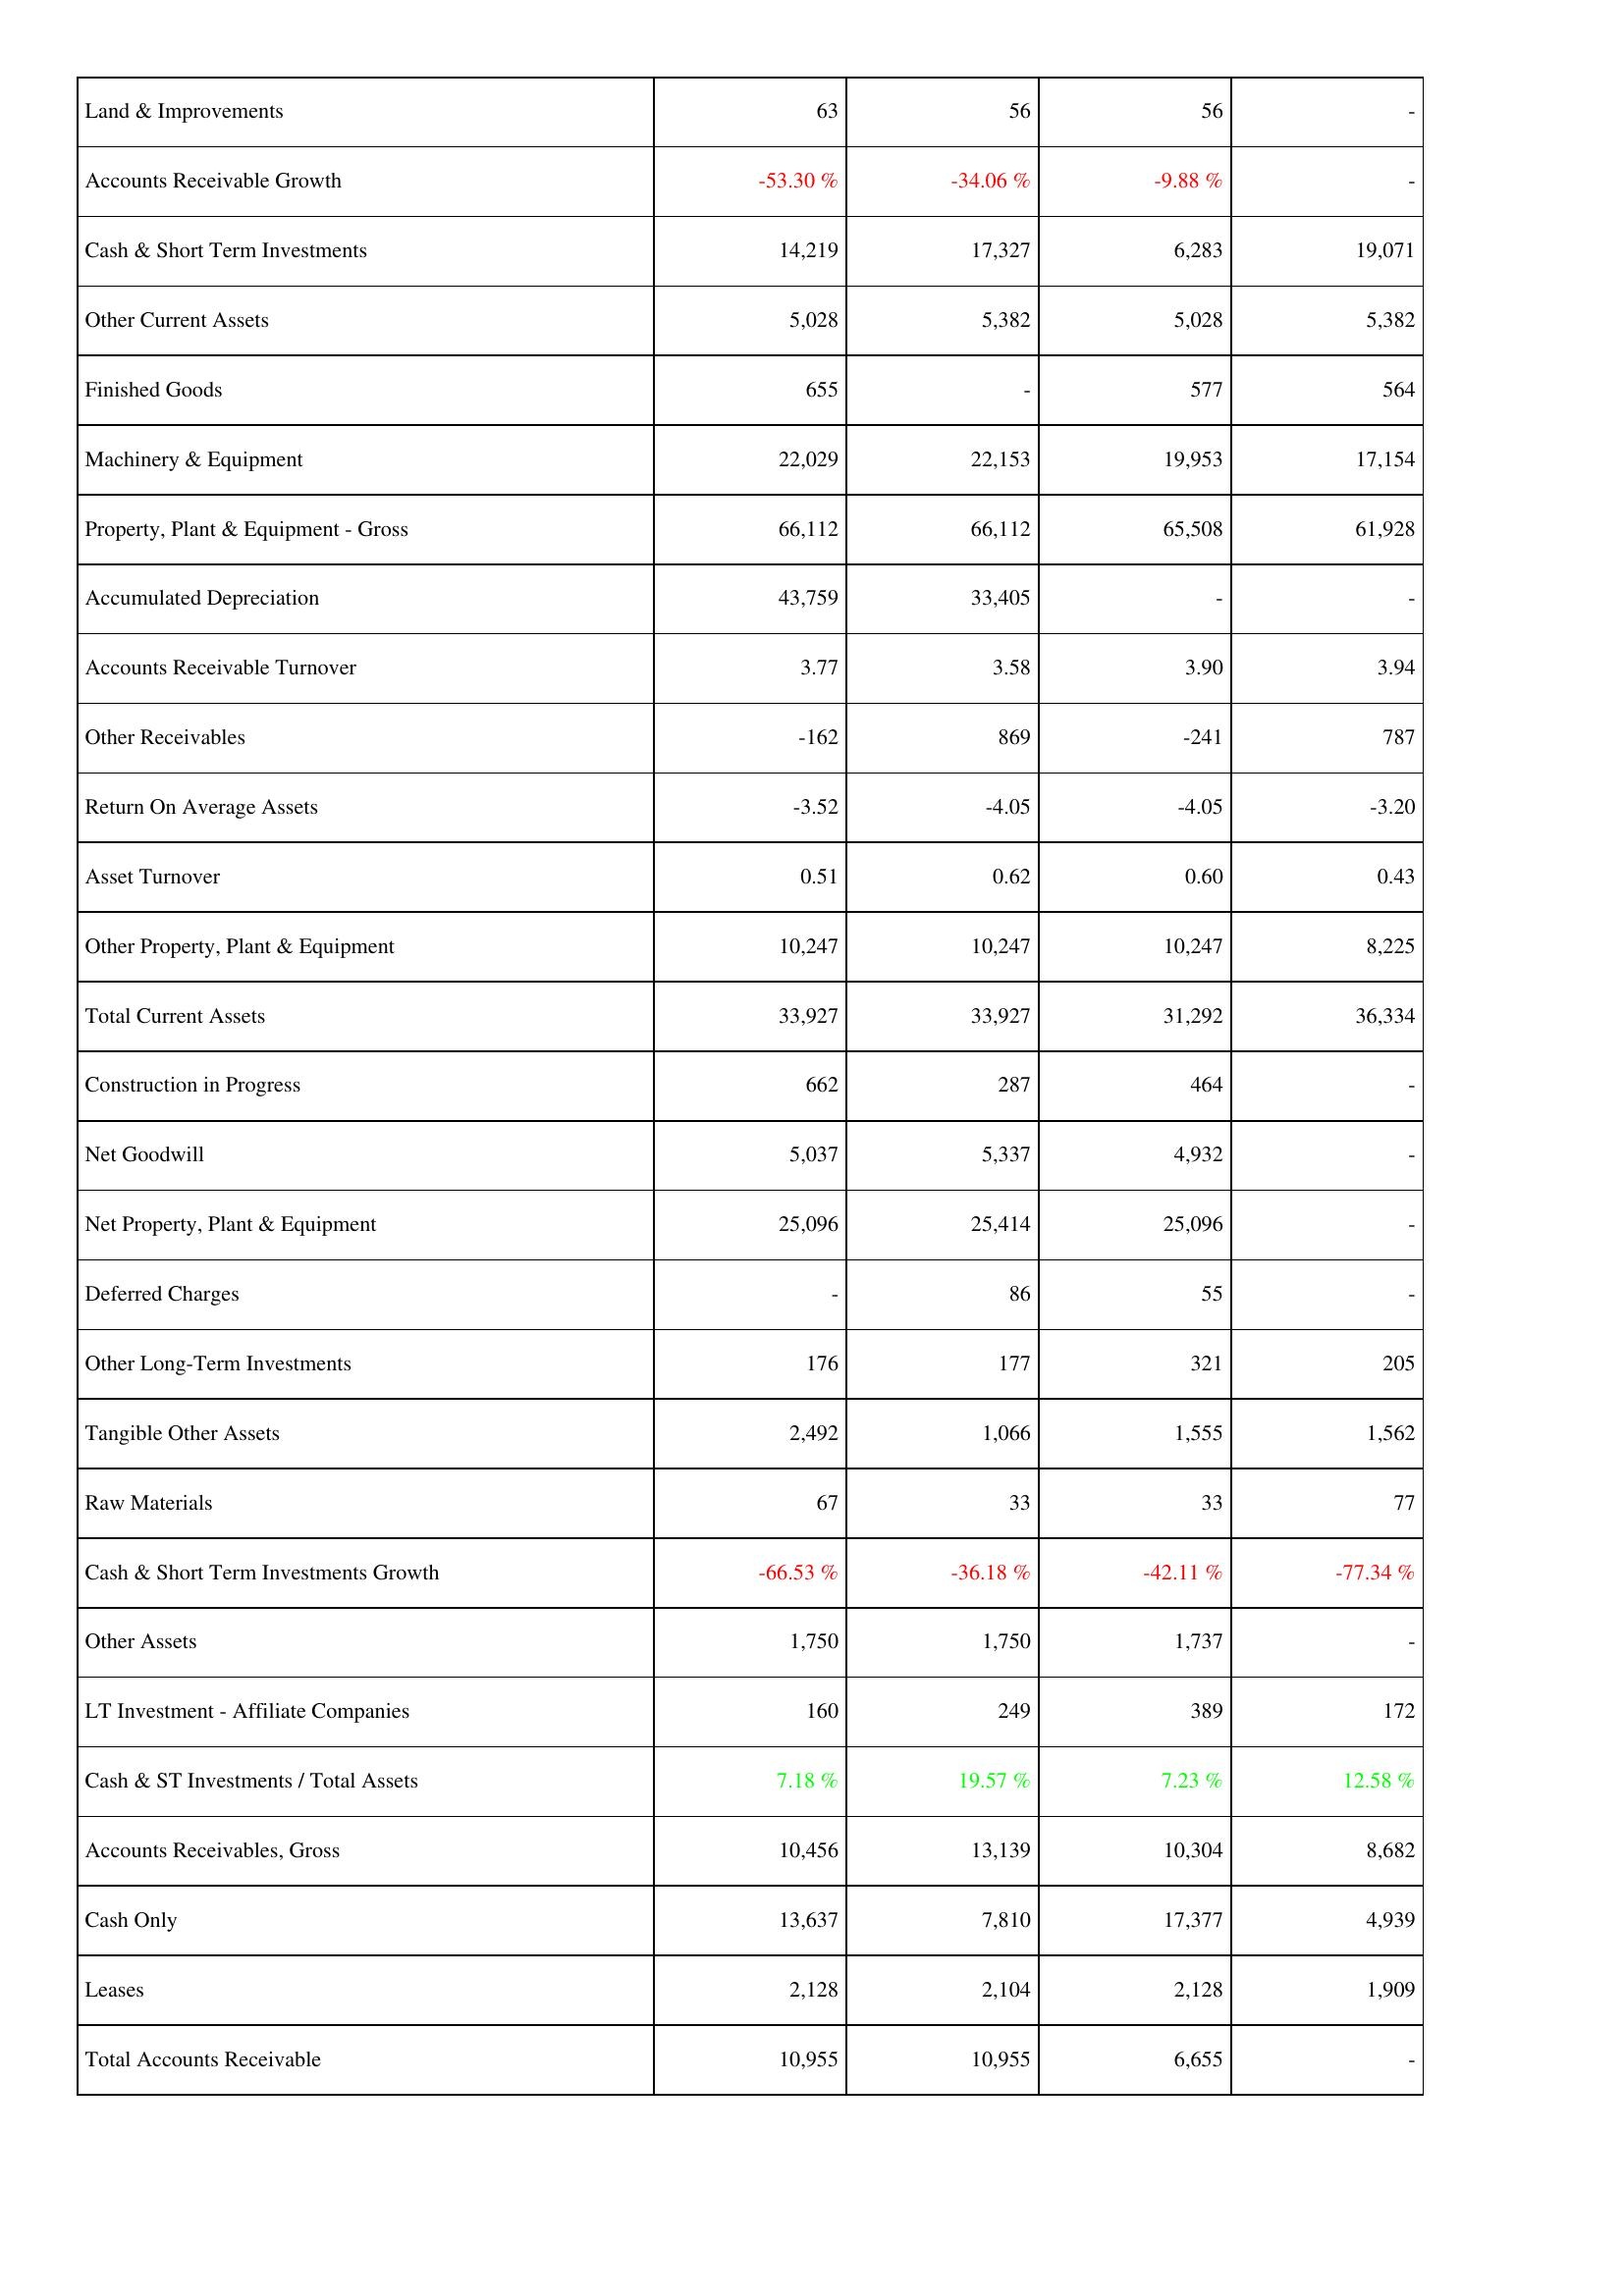
2023: Assets: Land & Improvements: 63
Accounts Receivable Growth: -53.30 %
Cash & Short Term Investments: 14,219
Other Current Assets: 5,028
Finished Goods: 655
Machinery & Equipment: 22,029
Property, Plant & Equipment - Gross: 66,112
Accumulated Depreciation: 43,759
Accounts Receivable Turnover: 3.77
Other Receivables: -162
Return On Average Assets: -3.52
Asset Turnover: 0.51
Other Property, Plant & Equipment: 10,247
Total Current Assets: 33,927
Construction in Progress: 662
Net Goodwill: 5,037
Net Property, Plant & Equipment: 25,096
Deferred Charges: -
Other Long-Term Investments: 176
Tangible Other Assets: 2,492
Raw Materials: 67
Cash & Short Term Investments Growth: -66.53 %
Other Assets: 1,750
LT Investment - Affiliate Companies: 160
Cash & ST Investments / Total Assets: 7.18 %
Accounts Receivables, Gross: 10,456
Cash Only: 13,637
Leases: 2,128
Total Accounts Receivable: 10,955
2022: Assets: Land & Improvements: 56
Accounts Receivable Growth: -34.06 %
Cash & Short Term Investments: 17,327
Other Current Assets: 5,382
Finished Goods: -
Machinery & Equipment: 22,153
Property, Plant & Equipment - Gross: 66,112
Accumulated Depreciation: 33,405
Accounts Receivable Turnover: 3.58
Other Receivables: 869
Return On Average Assets: -4.05
Asset Turnover: 0.62
Other Property, Plant & Equipment: 10,247
Total Current Assets: 33,927
Construction in Progress: 287
Net Goodwill: 5,337
Net Property, Plant & Equipment: 25,414
Deferred Charges: 86
Other Long-Term Investments: 177
Tangible Other Assets: 1,066
Raw Materials: 33
Cash & Short Term Investments Growth: -36.18 %
Other Assets: 1,750
LT Investment - Affiliate Companies: 249
Cash & ST Investments / Total Assets: 19.57 %
Accounts Receivables, Gross: 13,139
Cash Only: 7,810
Leases: 2,104
Total Accounts Receivable: 10,955
2021: Assets: Land & Improvements: 56
Accounts Receivable Growth: -9.88 %
Cash & Short Term Investments: 6,283
Other Current Assets: 5,028
Finished Goods: 577
Machinery & Equipment: 19,953
Property, Plant & Equipment - Gross: 65,508
Accumulated Depreciation: -
Accounts Receivable Turnover: 3.90
Other Receivables: -241
Return On Average Assets: -4.05
Asset Turnover: 0.60
Other Property, Plant & Equipment: 10,247
Total Current Assets: 31,292
Construction in Progress: 464
Net Goodwill: 4,932
Net Property, Plant & Equipment: 25,096
Deferred Charges: 55
Other Long-Term Investments: 321
Tangible Other Assets: 1,555
Raw Materials: 33
Cash & Short Term Investments Growth: -42.11 %
Other Assets: 1,737
LT Investment - Affiliate Companies: 389
Cash & ST Investments / Total Assets: 7.23 %
Accounts Receivables, Gross: 10,304
Cash Only: 17,377
Leases: 2,128
Total Accounts Receivable: 6,655
2020: Assets: Land & Improvements: -
Accounts Receivable Growth: -
Cash & Short Term Investments: 19,071
Other Current Assets: 5,382
Finished Goods: 564
Machinery & Equipment: 17,154
Property, Plant & Equipment - Gross: 61,928
Accumulated Depreciation: -
Accounts Receivable Turnover: 3.94
Other Receivables: 787
Return On Average Assets: -3.20
Asset Turnover: 0.43
Other Property, Plant & Equipment: 8,225
Total Current Assets: 36,334
Construction in Progress: -
Net Goodwill: -
Net Property, Plant & Equipment: -
Deferred Charges: -
Other Long-Term Investments: 205
Tangible Other Assets: 1,562
Raw Materials: 77
Cash & Short Term Investments Growth: -77.34 %
Other Assets: -
LT Investment - Affiliate Companies: 172
Cash & ST Investments / Total Assets: 12.58 %
Accounts Receivables, Gross: 8,682
Cash Only: 4,939
Leases: 1,909
Total Accounts Receivable: -